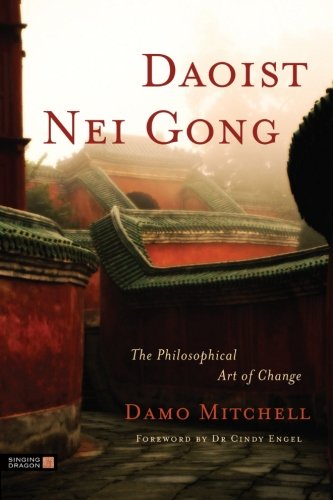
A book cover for Daoist Nei Gong: The Philosophical Art of Change; Damo Mitchell; Health, Fitness & Dieting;